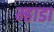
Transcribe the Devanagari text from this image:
म्हाडा